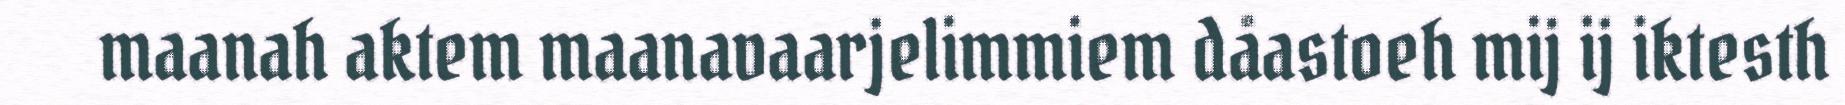
maanah aktem maanavaarjelimmiem dåastoeh mij ij iktesth